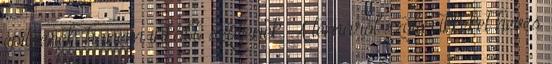
építsenek, hanem inkább szüljenek. A témáról szóló cikkeket heves